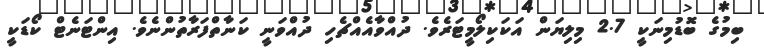
ބިމުގެ ބޮޑުމިނަކީ 2.7 މިލިޔަން އަކަކިލޯމީޓަރެވެ. ދުއްވާއެއްޗެހި ދުއްވަނީ ކަނާތްފަރާތުންނެވެ. އިންޓަނެޓް ކޯޑަކީ